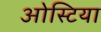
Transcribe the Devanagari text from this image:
ओस्टिया